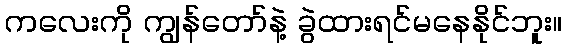
ကလေးကို ကျွန်တော်နဲ့ ခွဲထားရင်မနေနိုင်ဘူး။